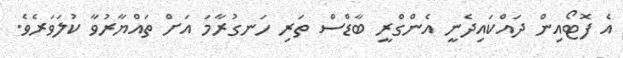
އެ ފޮޓޯއިން ދައްކައިދެނީ އެންގްރީ ބާޑްސް ތަރި ހަނގުރާމަ އަށް ތައްޔާރުވާ ކުލަވަރެވެ.